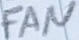
Text: FAN